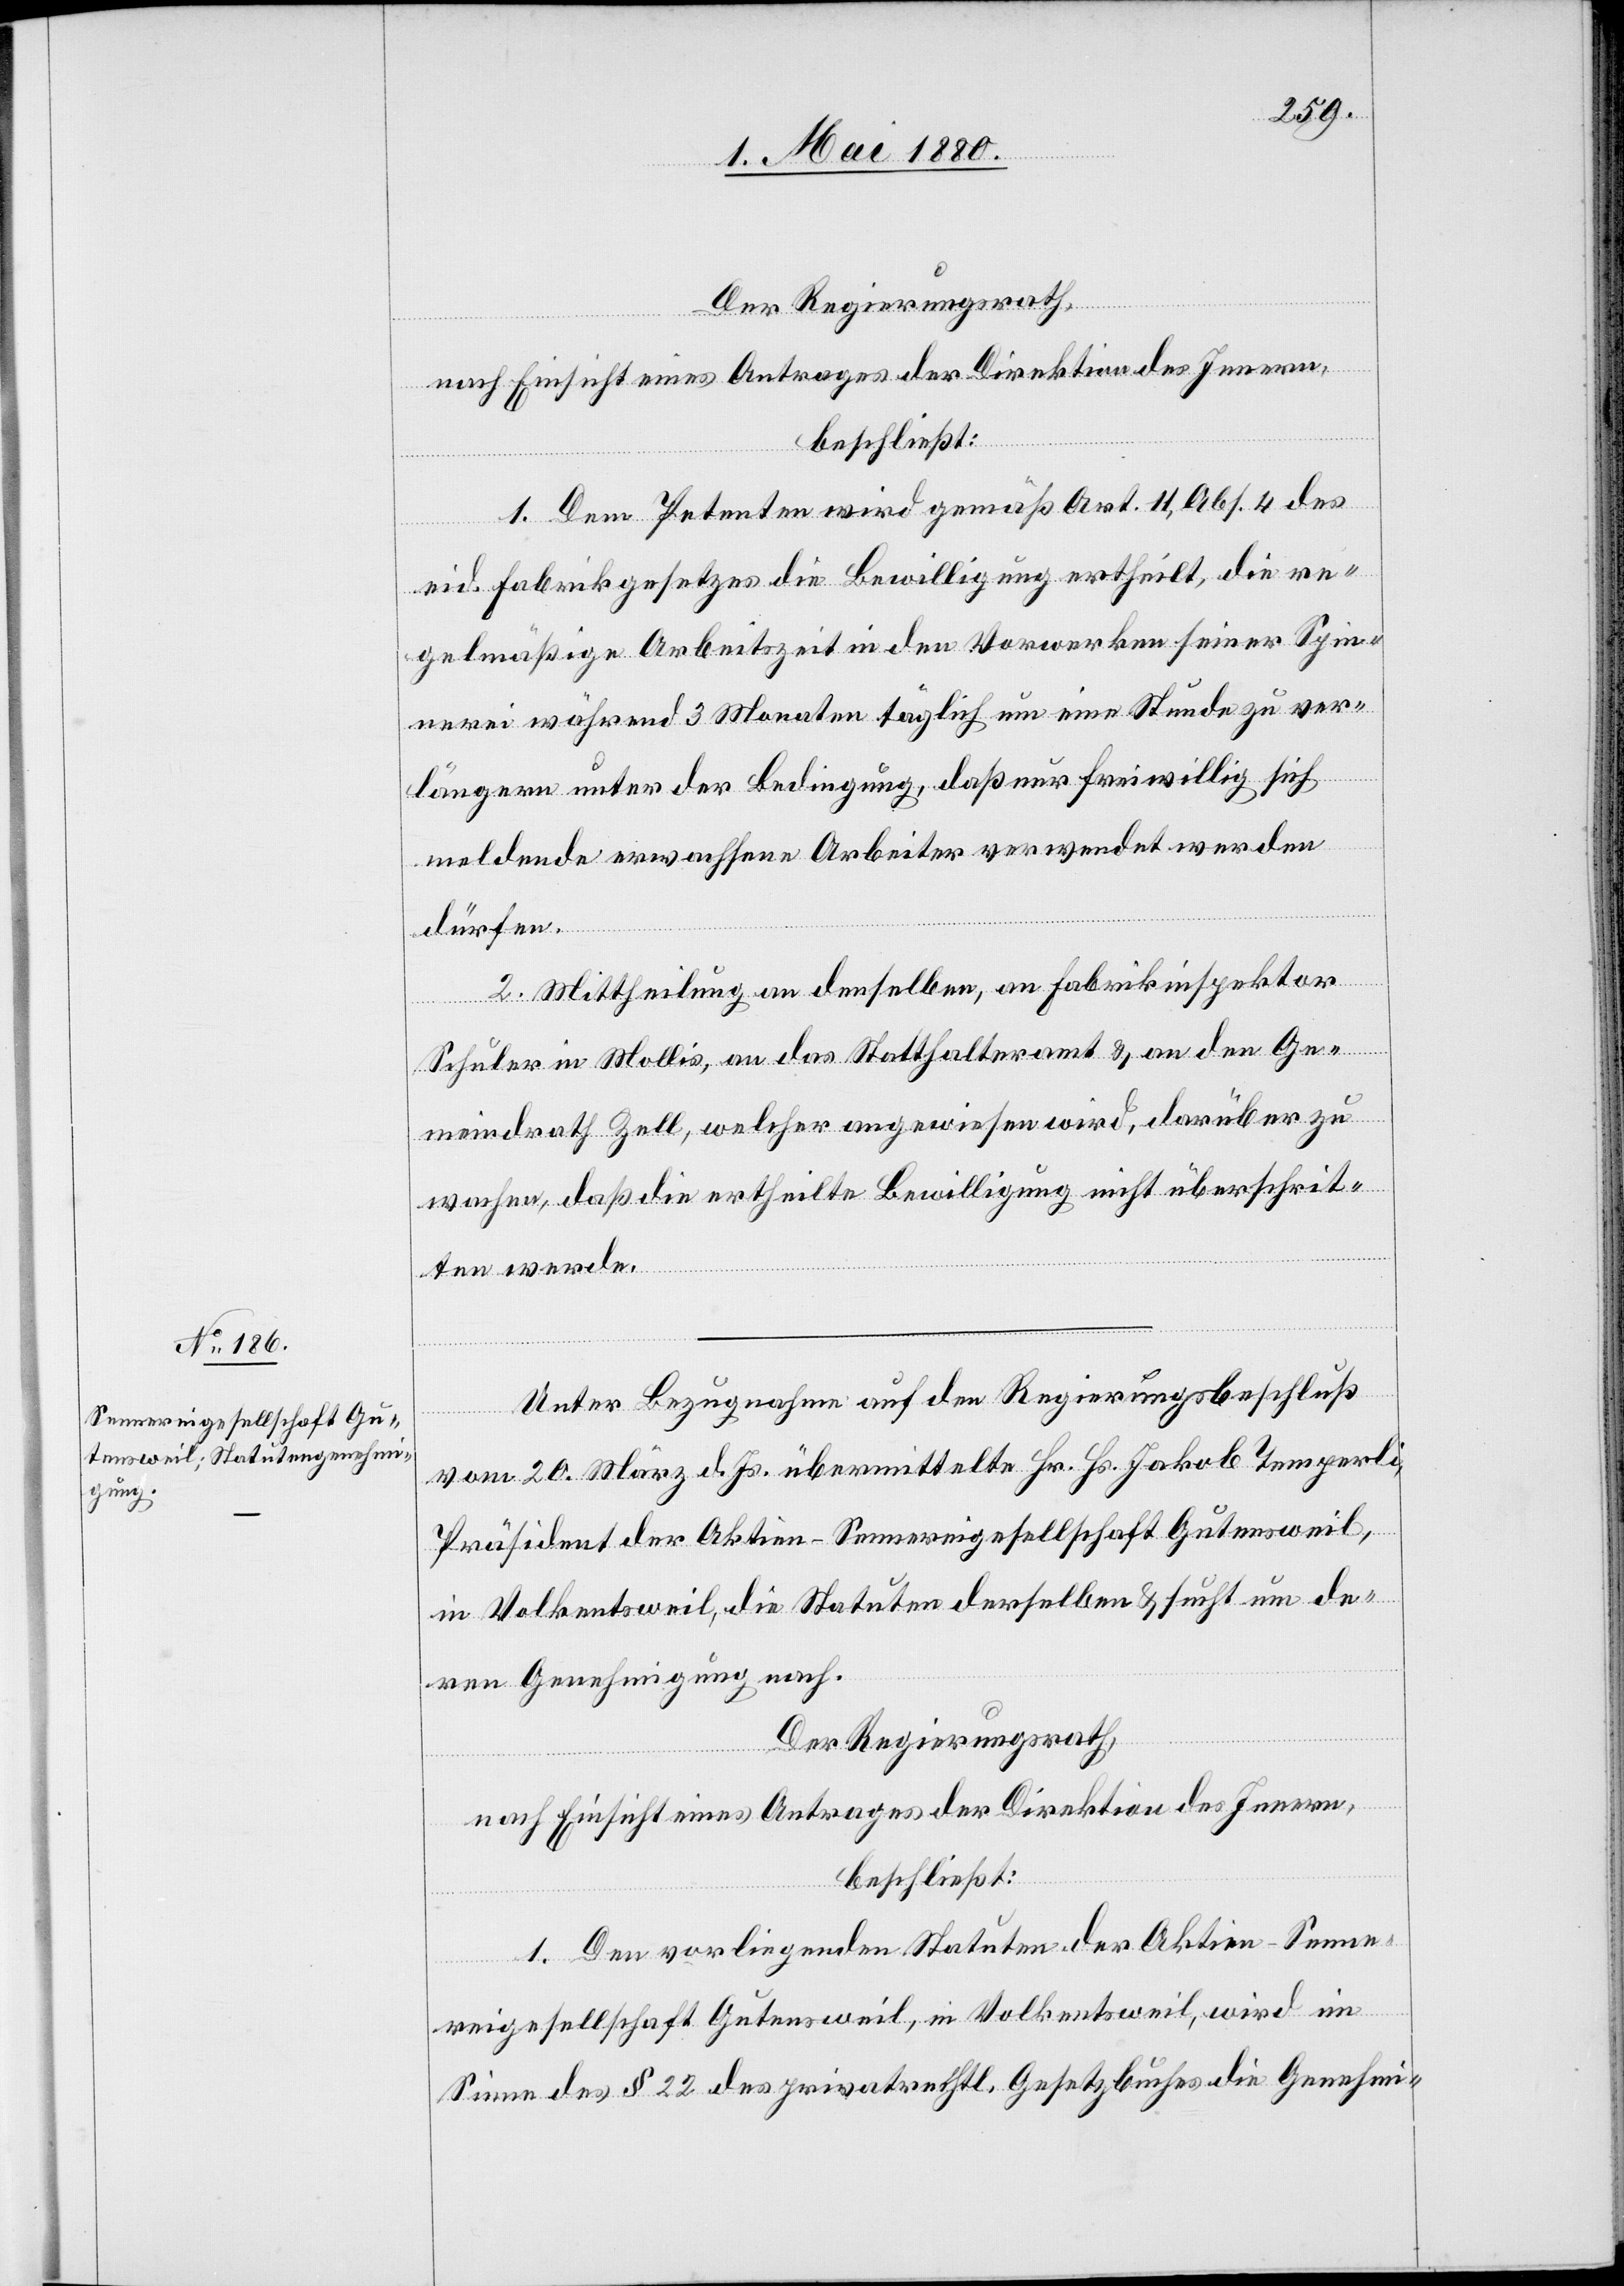
1. Dem Petenten wird gemäß Art. 11, Abs. 4 des
eid. Fabrikgesetzes die Bewilligung ertheilt, die re¬
gelmäßige Arbeitszeit in den Vorwerken seiner Spin¬
nerei während 3 Monaten täglich um eine Stunde zu ver¬
längern unter der Bedingung, daß nur freiwillig sich
meldende erwachsene Arbeiter verwendet werden
dürfen.
2. Mittheilung an denselben, an Fabrikinspektor
Schuler in Mollis, an das Statthalteramt & an den Ge¬
meindrath Zell, welcher angewiesen wird, darüber zu
wachen, daß die ertheilte Bewilligung nicht überschrit¬
ten werde.
Unter Bezugnahme auf den Regierungsbeschluß
vom 20. März d. Js. übermittelte Hr. Hs. Jakob Temperli,
Präsident der Aktien-Sennereigesellschaft Gutensweil,
in Volkentsweil, die Statuten derselben & sucht um de¬
ren Genehmigung nach.
Der Regierungsrath;
nach Einsicht eines Antrages der Direktion des Innern,
beschließt:
1. Den vorliegenden Statuten der Aktien-Senne¬
reigesellschaft Gutensweil, in Volkentsweil, wird im
Sinne des § 22 des privatrechtl. Gesetzbuches die Genehmi-